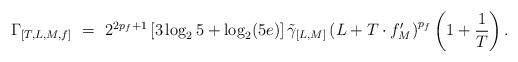
LaTeX: \begin{align*}\Gamma_{[T,L,M,f]}~=~2^{2p_f+1}\left[3\log_25+\log_2(5e)\right]\tilde{\gamma}_{[L,M]}\left(L+T\cdot f'_M\right)^{p_f} \left(1+{1\over T}\right).\end{align*}